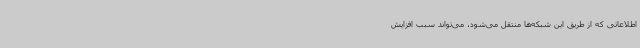
اطلاعاتی که از طریق این شبکه‌ها منتقل می‌شود، می‌تواند سبب افزایش